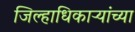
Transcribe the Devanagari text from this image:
जिल्हाधिकाऱ्यांच्या